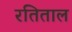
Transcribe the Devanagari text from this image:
रतिताल